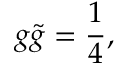
g \tilde { g } = \frac { 1 } { 4 } ,